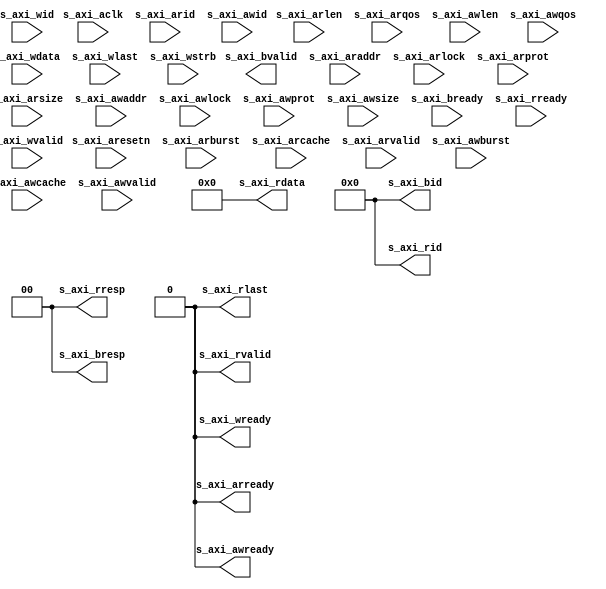
module axislave_stub (
   s_axi_arready, s_axi_awready, s_axi_bid, s_axi_bresp, s_axi_bvalid,
   s_axi_rid, s_axi_rdata, s_axi_rlast, s_axi_rresp, s_axi_rvalid,
   s_axi_wready,
   s_axi_aclk, s_axi_aresetn, s_axi_arid, s_axi_araddr, s_axi_arburst,
   s_axi_arcache, s_axi_arlock, s_axi_arlen, s_axi_arprot,
   s_axi_arqos, s_axi_arsize, s_axi_arvalid, s_axi_awid, s_axi_awaddr,
   s_axi_awburst, s_axi_awcache, s_axi_awlock, s_axi_awlen,
   s_axi_awprot, s_axi_awqos, s_axi_awsize, s_axi_awvalid,
   s_axi_bready, s_axi_rready, s_axi_wid, s_axi_wdata, s_axi_wlast,
   s_axi_wstrb, s_axi_wvalid
   );
   parameter         S_IDW               = 12;
   input 	  s_axi_aclk;
   input 	  s_axi_aresetn;
   input [S_IDW-1:0] s_axi_arid;    
   input [31:0]    s_axi_araddr;
   input [1:0] 	   s_axi_arburst;
   input [3:0] 	   s_axi_arcache;
   input  	   s_axi_arlock;
   input [7:0] 	   s_axi_arlen;
   input [2:0] 	   s_axi_arprot;
   input [3:0] 	   s_axi_arqos;
   output 	   s_axi_arready;
   input [2:0] 	   s_axi_arsize;
   input 	   s_axi_arvalid;
   input [S_IDW-1:0] s_axi_awid;    
   input [31:0]    s_axi_awaddr;
   input [1:0] 	   s_axi_awburst;
   input [3:0] 	   s_axi_awcache;
   input  	   s_axi_awlock;
   input [7:0] 	   s_axi_awlen;
   input [2:0] 	   s_axi_awprot;
   input [3:0] 	   s_axi_awqos;   
   input [2:0] 	   s_axi_awsize;
   input 	   s_axi_awvalid;
   output 	   s_axi_awready;
   output [S_IDW-1:0] s_axi_bid;    
   output [1:0]     s_axi_bresp;
   output 	    s_axi_bvalid;
   input 	    s_axi_bready;
   output [S_IDW-1:0] s_axi_rid;    
   output [31:0]      s_axi_rdata;
   output 	      s_axi_rlast;   
   output [1:0]       s_axi_rresp;
   output 	      s_axi_rvalid;
   input 	      s_axi_rready;
   input [S_IDW-1:0]  s_axi_wid;    
   input [31:0]       s_axi_wdata;
   input 	      s_axi_wlast;   
   input [3:0] 	      s_axi_wstrb;
   input 	      s_axi_wvalid;
   output 	      s_axi_wready;
   assign s_axi_arready        = 'b0;   
   assign s_axi_awready        = 'b0;
   assign s_axi_bid[S_IDW-1:0] = 'b0;
   assign s_axi_bresp[1:0]     = 'b0;
   assign s_axi_rid[S_IDW-1:0] = 'b0;
   assign s_axi_rdata[31:0]    = 'b0;
   assign s_axi_rlast          = 'b0;
   assign s_axi_rresp[1:0]     = 'b0;
   assign s_axi_rvalid         = 'b0;
   assign s_axi_wready         = 'b0;
endmodule